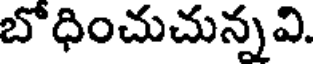
బొధించుచున్నవి.